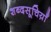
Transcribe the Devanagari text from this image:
शब्दसूचिय़ाँ